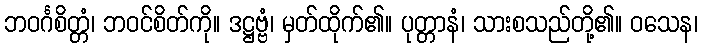
ဘဝင်္ဂစိတ္တံ၊ ဘဝင်စိတ်ကို။ ဒဋ္ဌဗ္ဗံ၊ မှတ်ထိုက်၏။ ပုတ္တာနံ၊ သားစသည်တို့၏။ ဝသေန၊